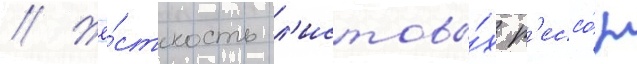
// Жё́сткость л'истовы́х р'ессо́р